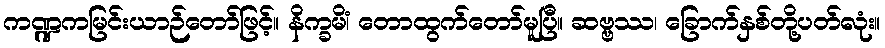
ကဏ္ဍကမြင်းယာဉ်တော်ဖြင့်။ နိက္ခမိံ၊ တောထွက်တော်မူပြီ။ ဆဗ္ဗဿ၊ ခြောက်နှစ်တို့ပတ်လုံး။